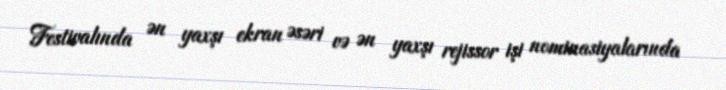
Festivalında ən yaxşı ekran əsəri və ən yaxşı rejissor işi nominasiyalarında